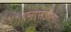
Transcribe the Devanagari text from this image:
एनएसडीला